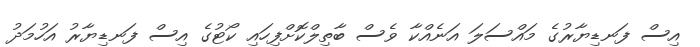
އިސް ފަނޑިޔާރުގެ މައްސަލަ އަނެއްކާ ވެސް ބާތިލްކޮށްފިހައި ކޯޓުގެ އިސް ފަނޑިޔާރު އަހުމަދު